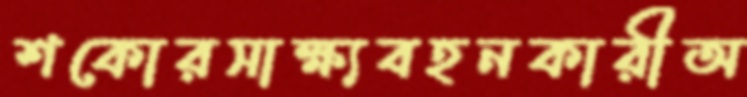
শকোরসাক্ষ্যবহনকারীঅ